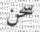
سحن